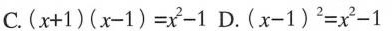
C.$$( x + 1 ) ( x - 1 ) = x ^ { 2 } - 1$$ D.$$( x - 1 ) ^ { 2 } = x ^ { 2 } - 1$$